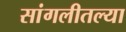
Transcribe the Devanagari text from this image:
सांगलीतल्या